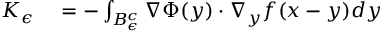
\begin{array} { r l } { K _ { \epsilon } } & { { } = - \int _ { B _ { \epsilon } ^ { c } } \nabla \Phi ( y ) \cdot \nabla _ { y } f ( x - y ) d y } \end{array}